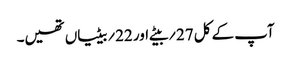
آپ کے کل 27؍بیٹے اور 22؍بیٹیاں تھیں۔